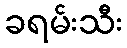
ခရမ်းသီး